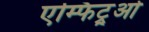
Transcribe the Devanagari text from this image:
एम्फिट्रूओ